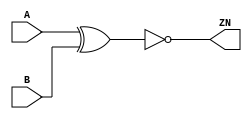
module XNOR2_X2 (A, B, ZN);
  input A;
  input B;
  output ZN;

  not(ZN, i_4);
  xor(i_4, A, B);


endmodule